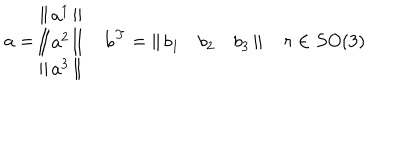
LaTeX: { \bf a } = \left\| \begin{array} { c } { { a ^ { 1 } } } \\ { { a ^ { 2 } } } \\ { { a ^ { 3 } } } \\ \end{array} \right\| \quad { \bf b } ^ { T } = \left\| \begin{array} { c c c } { { b _ { 1 } } } & { { b _ { 2 } } } & { { b _ { 3 } } } \\ \end{array} \right\| \quad r \in S O ( 3 )